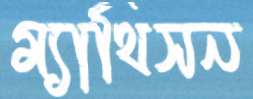
ম্যাথিসন